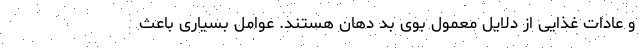
و عادات غذایی از دلایل معمول بوی بد دهان هستند. عوامل بسیاری باعث